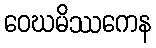
ဝေဃမိဿကေန